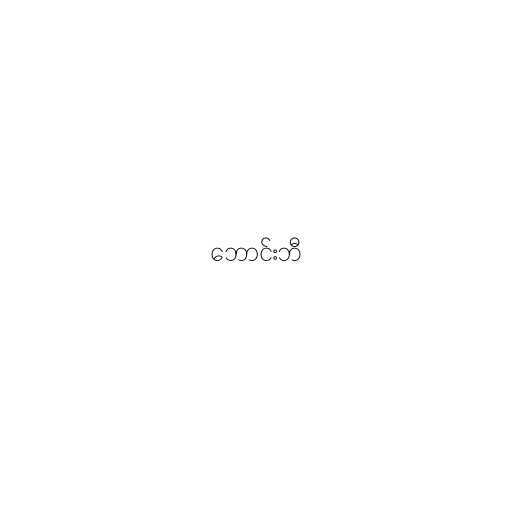
ဘောင်းဘီ